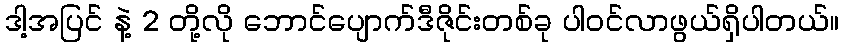
ဒါ့အပြင် နဲ့ 2 တို့လို ဘောင်ပျောက်ဒီဇိုင်းတစ်ခု ပါဝင်လာဖွယ်ရှိပါတယ်။